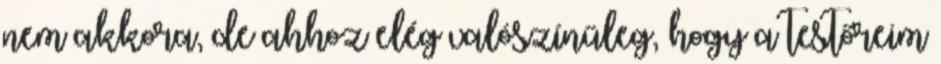
nem akkora, de ahhoz elég valószínűleg, hogy a testőreim